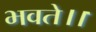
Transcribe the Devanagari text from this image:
भवते।।